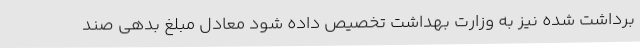
برداشت شده نیز به وزارت بهداشت تخصیص داده شود معادل مبلغ بدهی صند